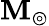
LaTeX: \mathbf{M}_{\circledcirc}